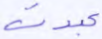
عبدت